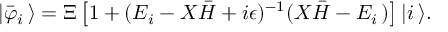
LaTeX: | { \bar { \varphi } } _ { i } \, \rangle = \Xi \left[ 1 + ( E _ { i } - { \cal X } { \bar { H } } + i \epsilon ) ^ { - 1 } ( { \cal X } { \bar { H } } - E _ { i } \, ) \right] | i \, \rangle .